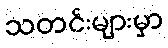
သတင်းများမှာ